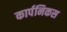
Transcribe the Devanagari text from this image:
कार्पनिकस